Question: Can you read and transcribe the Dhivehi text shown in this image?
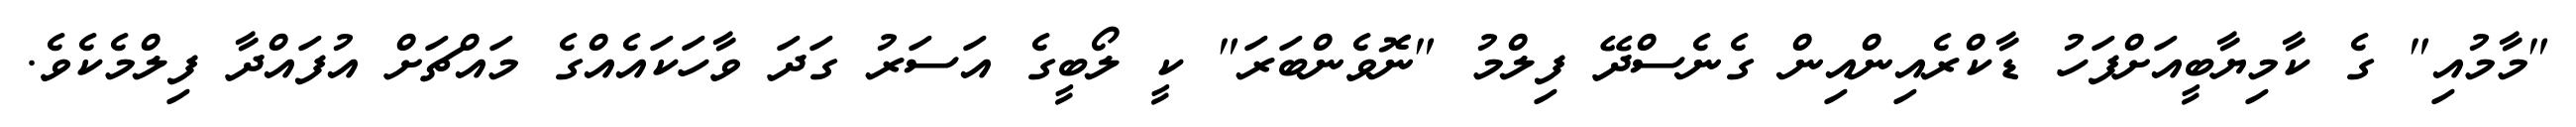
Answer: "މާމުއި" ގެ ކާމިޔާބީއަށްފަހު ޑާކްރެއިންއިން ގެނެސްދޭ ފިލްމު "ނޮވެންބަރަ" ކީ ލޯބީގެ އަސަރު ގަދަ ވާހަކައެއްގެ މައްޗަށް އުފައްދާ ފިލްމެކެވެ.